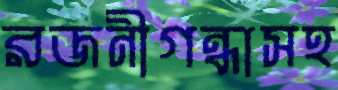
রজনীগন্ধাসহ